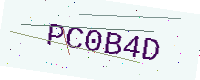
Text: PC0B4D